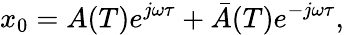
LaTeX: x_{0}=A(T)e^{j\omega\tau}+\bar{A}(T)e^{-j\omega\tau},